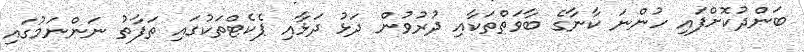
ބަންދުކޮށްފައި ހުންނަ ކާނާގެ ބާވަތްތަކާއި ދުރުވުން ދަޅު ދަޅާއި ޕެކެޓްތަކުގައި ތަފާތު ނަންނަމުގައި